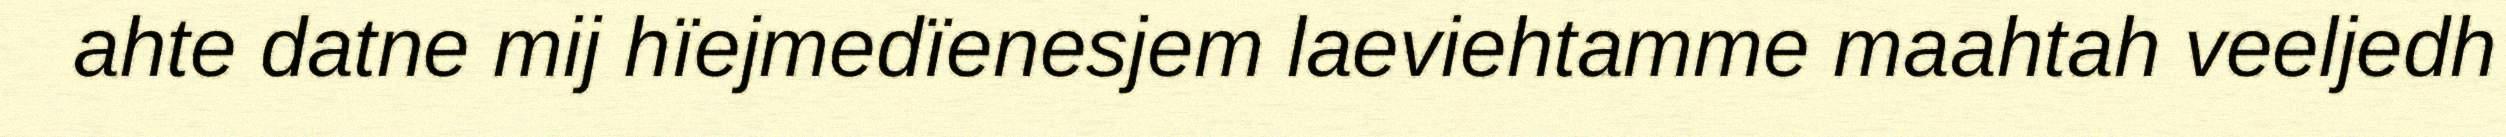
ahte datne mij hïejmedïenesjem laeviehtamme maahtah veeljedh